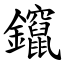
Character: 鑹